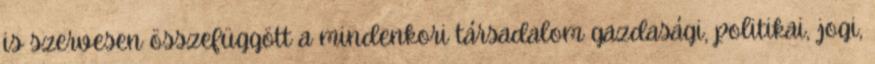
is szervesen összefüggött a mindenkori társadalom gazdasági, politikai, jogi,